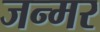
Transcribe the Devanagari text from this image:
जन्मर